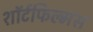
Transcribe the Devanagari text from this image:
शॉर्टफिल्मस